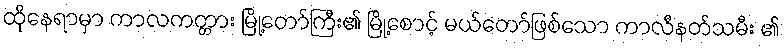
ထိုနေရာမှာ ကာလကတ္တား မြို့တော်ကြီး၏ မြို့စောင့် မယ်တော်ဖြစ်သော ကာလီနတ်သမီး ၏